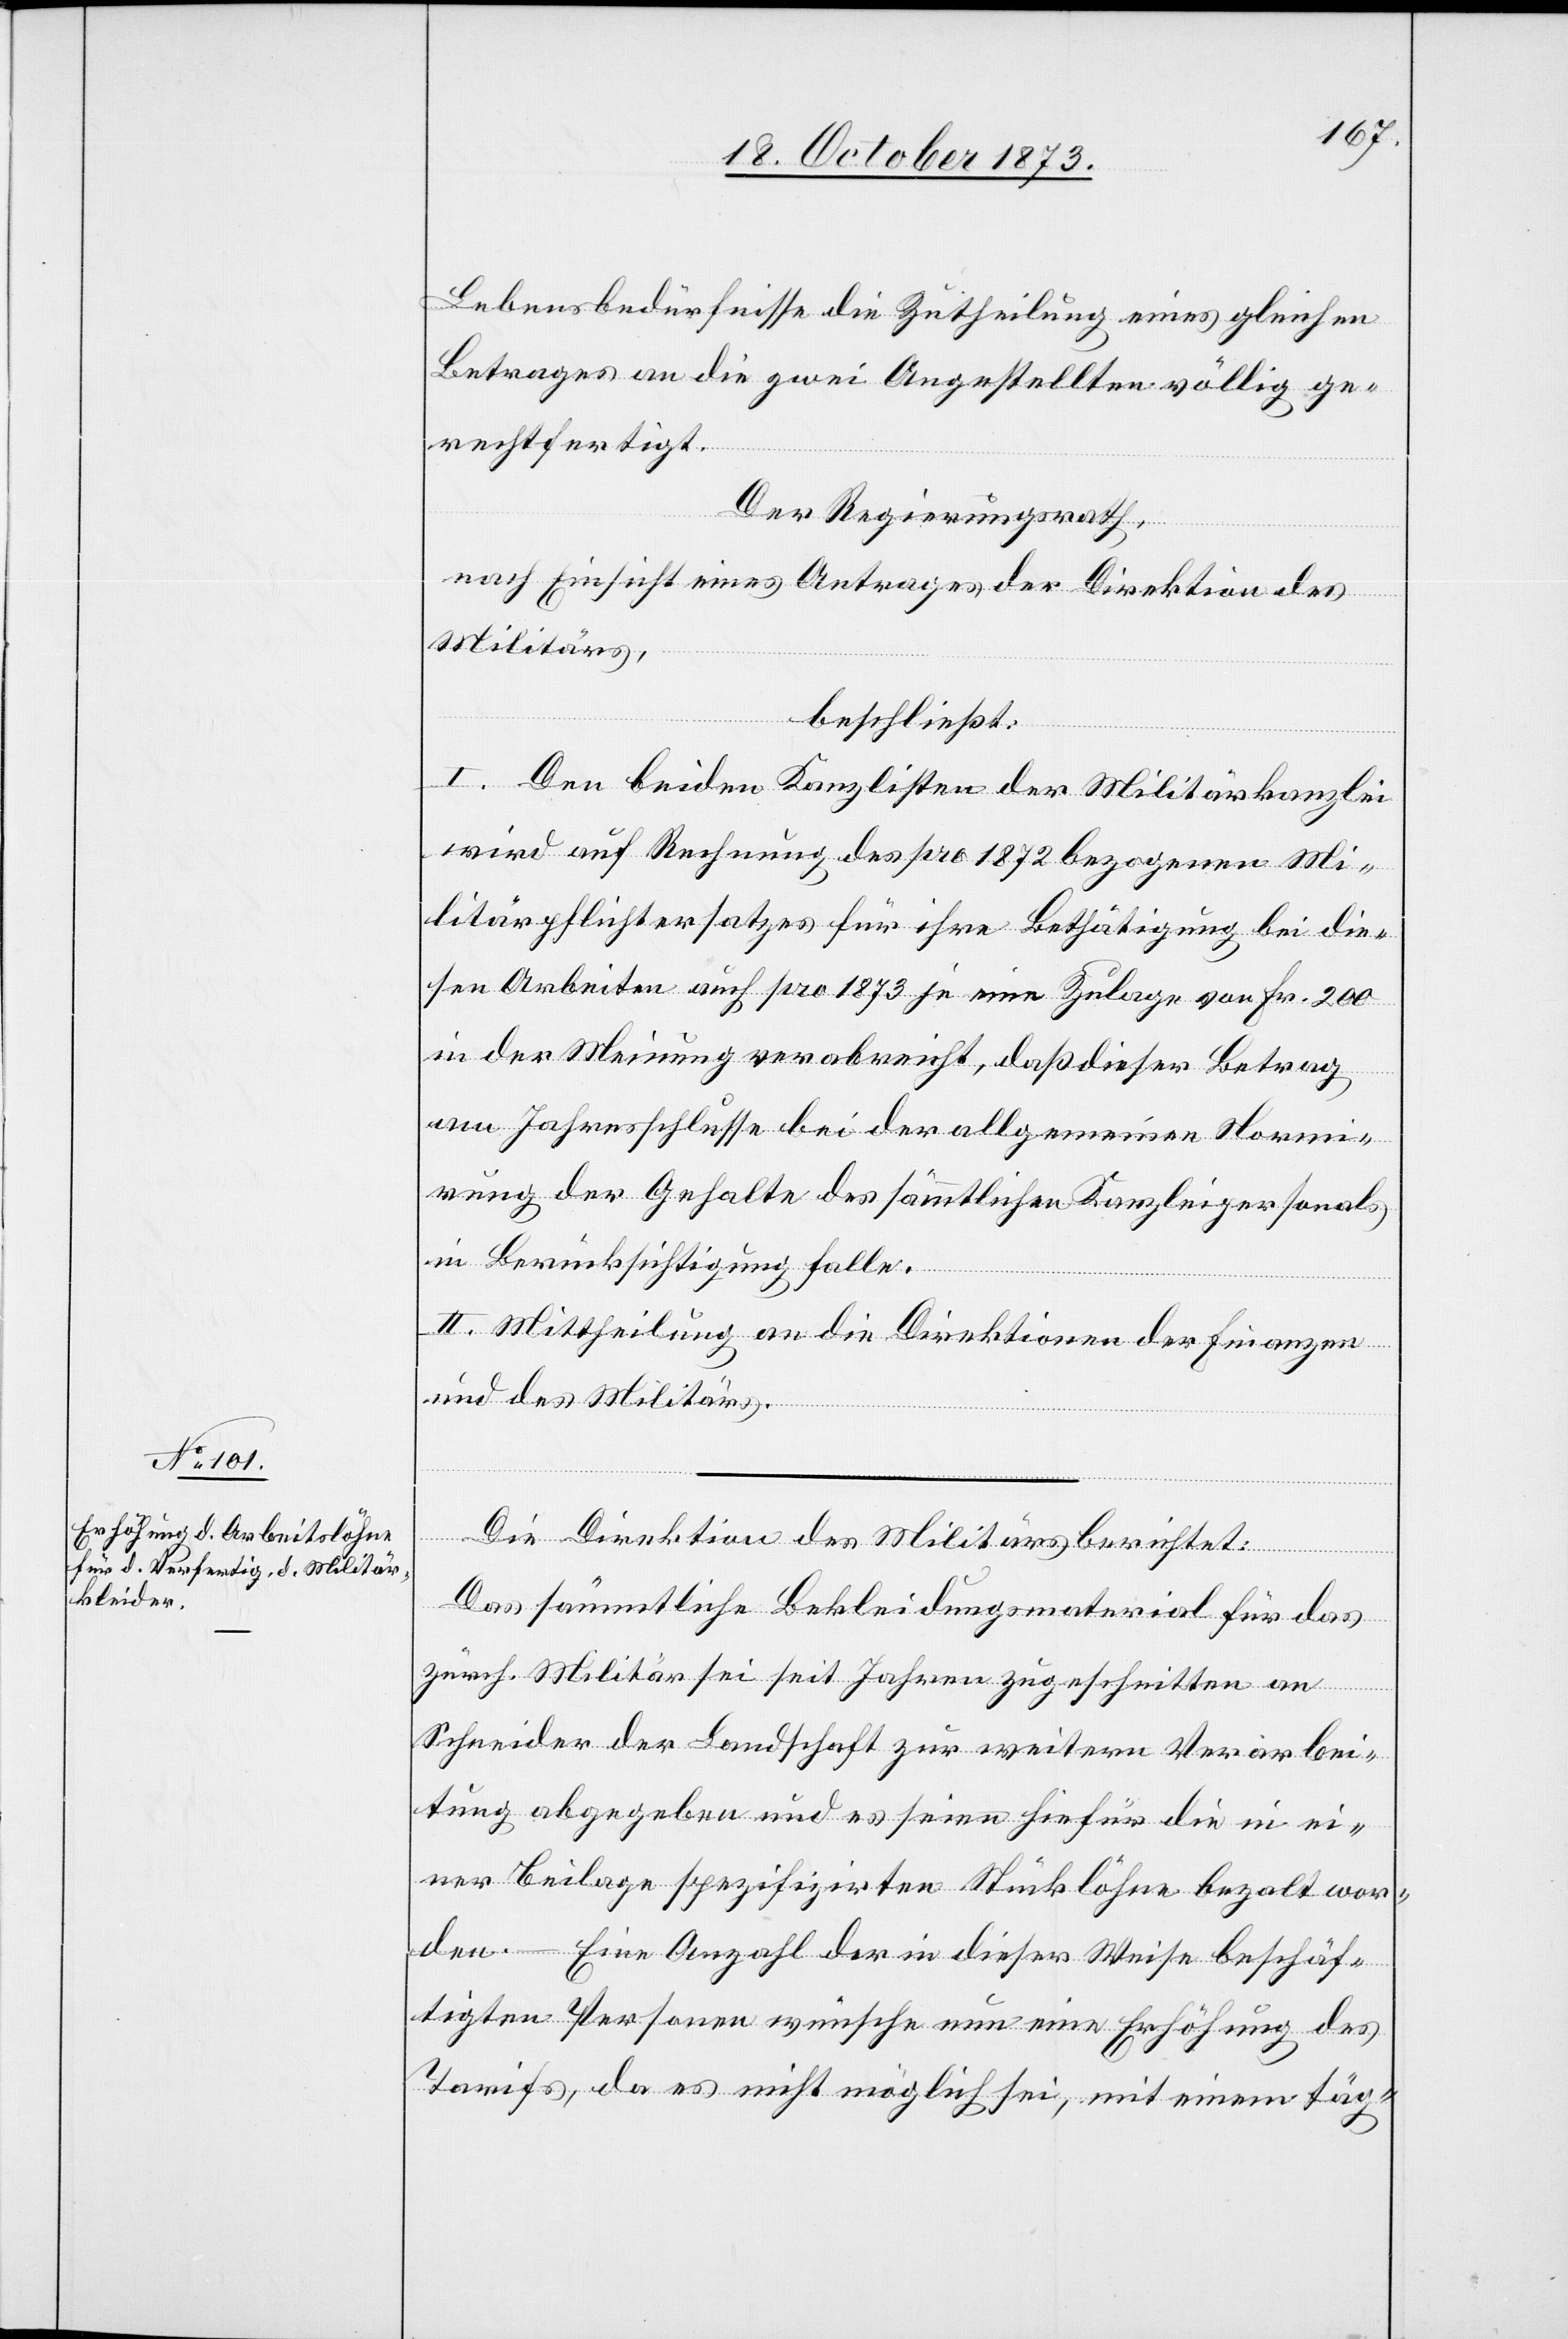
Lebensbedürfnisse die Zutheilung eines gleichen
Betrages an die zwei Angestellten völlig ge¬
rechtfertigt.
Der Regierungsrath,
nach Einsicht eines Antrages der Direktion des
Militärs,
beschließt:
I. Den beiden Kanzlisten der Militärkanzlei
wird auf Rechnung des pro 1872 bezogenen Mi¬
litärpflichtersatzes für ihre Bethätigung bei die¬
sen Arbeiten auch pro 1873 je eine Zulage von Fr. 200
in der Meinung verabreicht, daß dieser Betrag
am Jahresschlusse bei der allgemeinen Normi¬
rung der Gehalte des sämmtlichen Kanzleipersonals
in Berücksichtigung falle.
II. Mittheilung an die Direktion der Finanzen
und des Militärs.
Die Direktion des Militärs berichtet:
Das sämmtliche Bekleidungsmaterial für das
zürch. Militär sei seit Jahren zugeschnitten an
Schneider der Landschaft zur weitern Verarbei¬
tung abgegeben und es seien hiefür die in ei¬
ner Beilage spezifizirten Stücklöhne bezahlt wor¬
den. – Eine Anzahl der in dieser Weise beschäf¬
tigten Personen wünsche nun eine Erhöhung des
Tarifs, da es nicht möglich sei, mit einem täg-